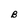
Character: B